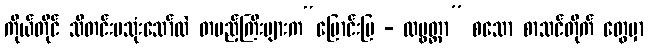
ကိုယ်တိုင် သီတင်းမသုံးသော်လဲ တပည့်ကြီးများက“မြောင်းမြ - လပွတ္တာ” စသော စာသင်တိုက် တွေမှာ